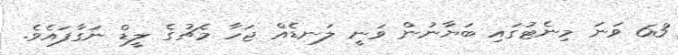
63 ވަނަ މިނެޓުގައި ބަޔާނުން ވަނީ ލަނޑެއް ޖަހާ މެޗުގެ ލީޑް ނަގާފައެވެ.